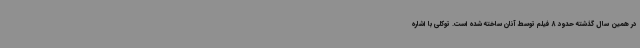
در همین سال گذشته حدود 8 فیلم توسط آنان ساخته شده است. توکلی با اشاره